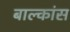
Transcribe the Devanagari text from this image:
बाल्कांस